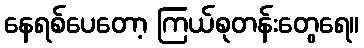
နေရစ်ပေတော့ ကြယ်စုတန်းတွေရေ။